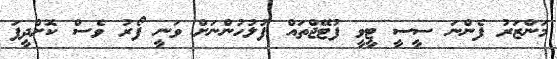
މަންޒަރު ފެންނަ ސީސީ ޓީވީ ފުޓޭޖްތައް ފުލުހުންނަށް ވަނީ ފޯރު ވެސް ކޮށްދީފަ